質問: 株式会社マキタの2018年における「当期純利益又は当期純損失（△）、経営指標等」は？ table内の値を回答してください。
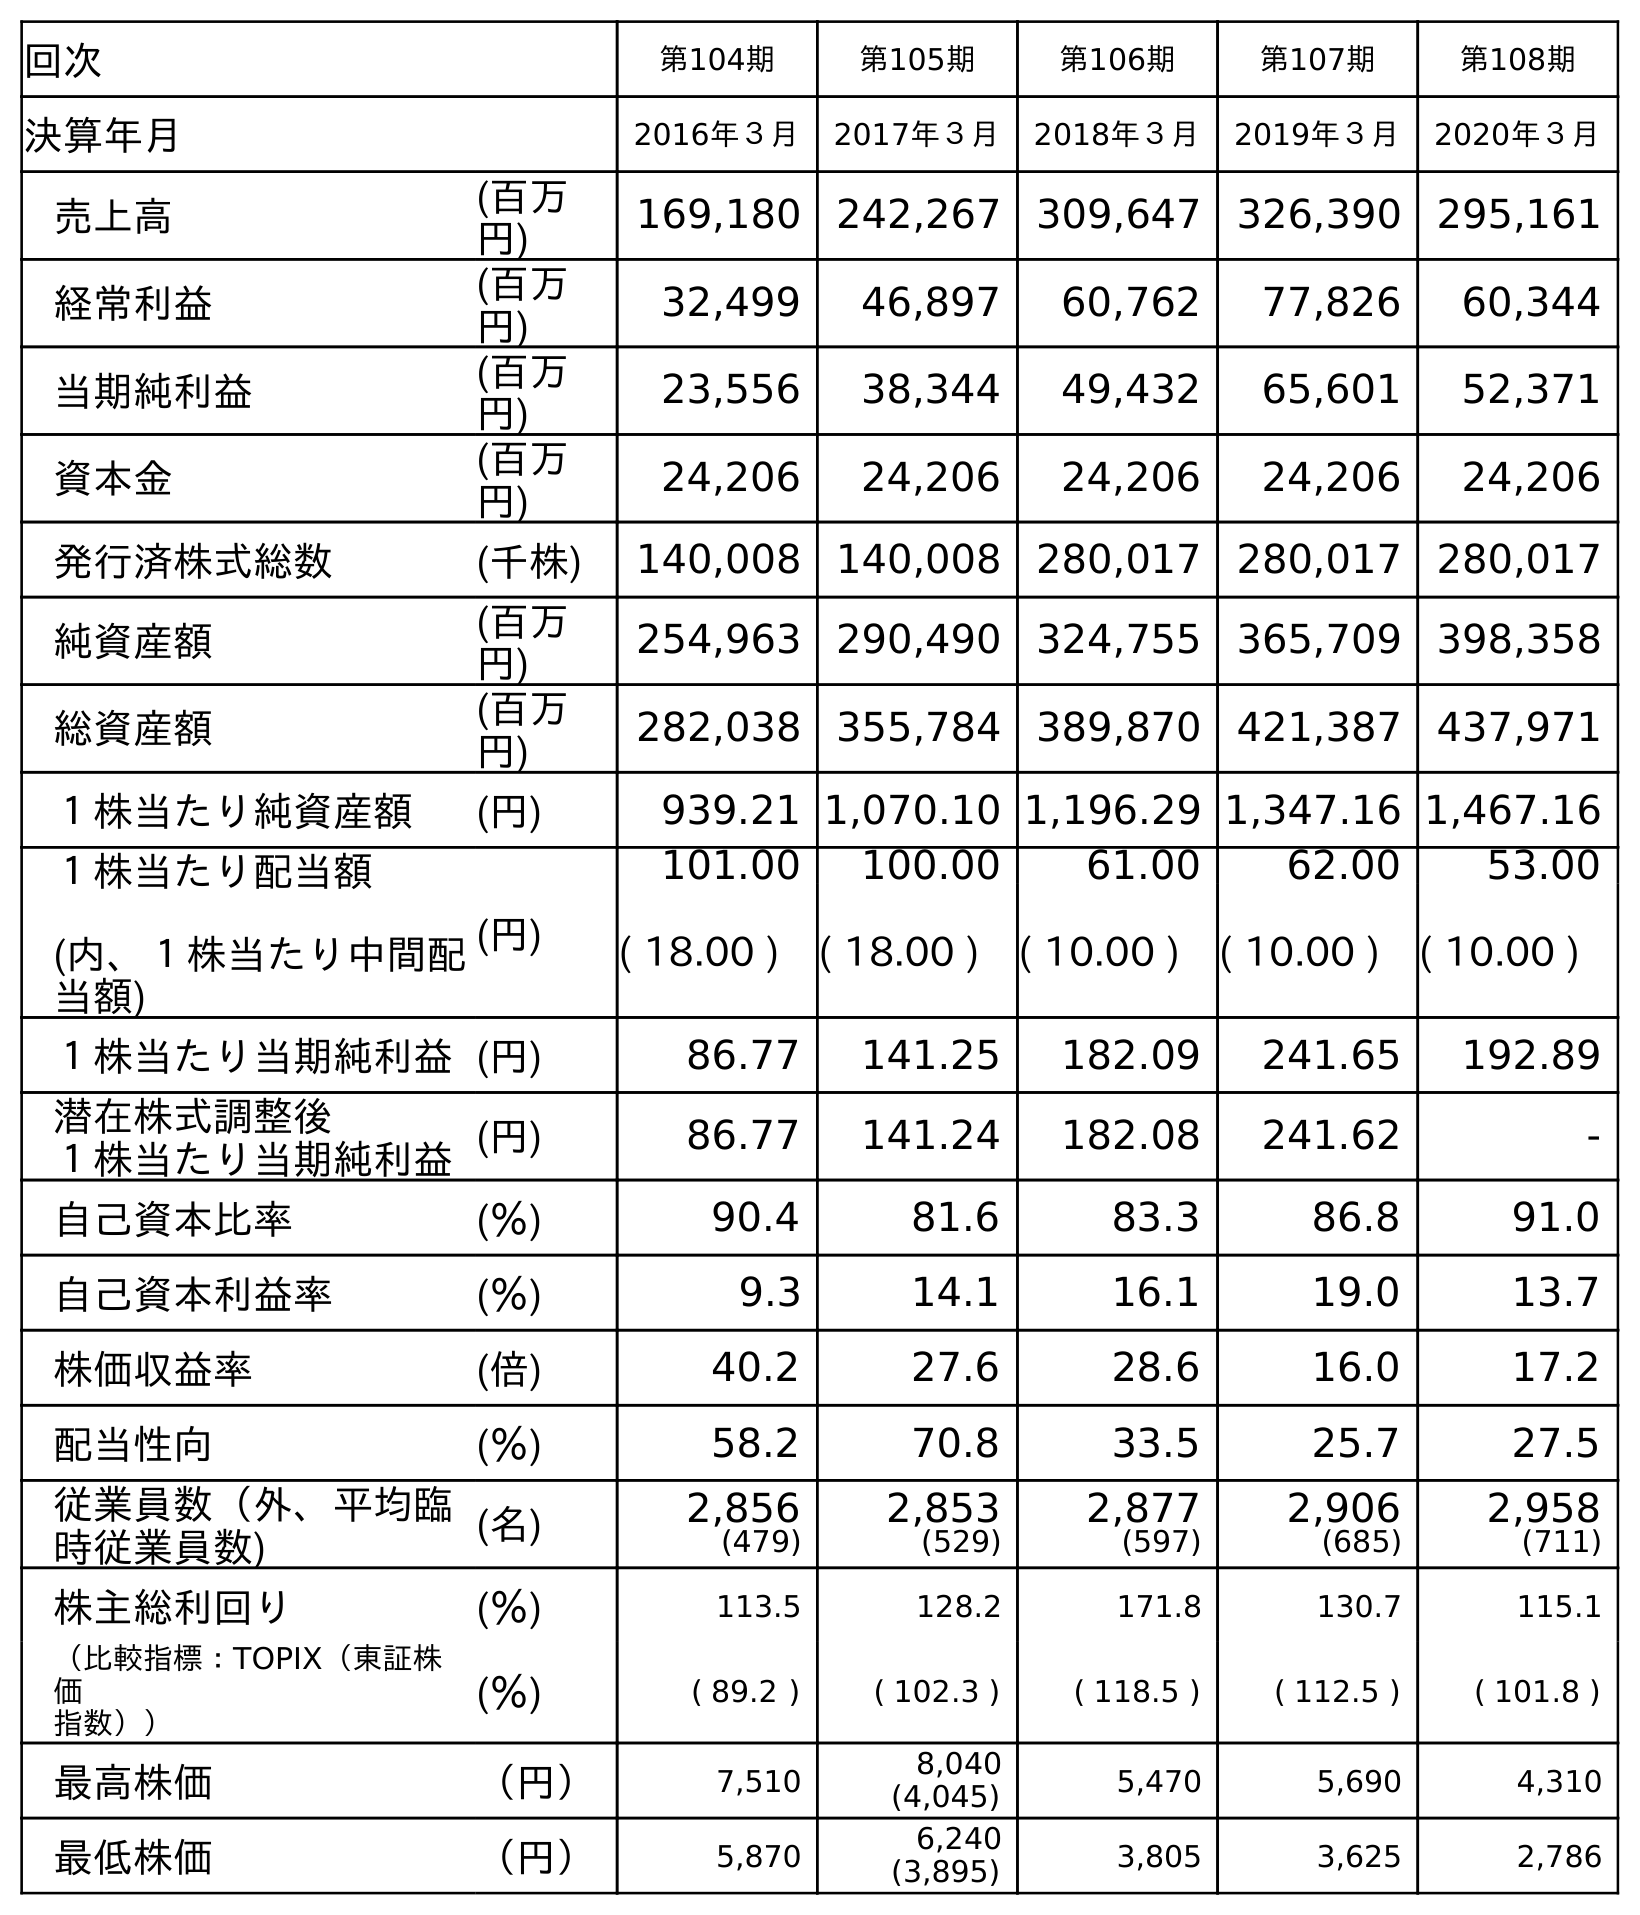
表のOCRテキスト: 回次 第104期 第105期 第106期 第107期 第108期 決算年月 2016年３月 2017年３月 2018年３月 2019年３月 2020年３月 売上高 (百万 円) 169,180 242,267 309,647 326,390 295,161 経常利益 (百万 円) 32,499 46,897 60,762 77,826 60,344 当期純利益 (百万 円) 23,556 38,344 49,432 65,601 52,371 資本金 (百万 円) 24,206 24,206 24,206 24,206 24,206 発行済株式総数 (千株) 140,008 140,008 280,017 280,017 280,017 純資産額 (百万 円) 254,963 290,490 324,755 365,709 398,358 総資産額 (百万 円) 282,038 355,784 389,870 421,387 437,971 １株当たり純資産額 (円) 939.21 1,070.10 1,196.29 1,347.16 1,467.16 １株当たり配当額 (内、１株当たり中間配 当額) (円) 101.00 100.00 61.00 62.00 53.00 ( 18.00 ) ( 18.00 ) ( 10.00 ) ( 10.00 ) ( 10.00 ) １株当たり当期純利益(円) 86.77 141.25 182.09 241.65 192.89 潜在株式調整後 １株当たり当期純利益(円) 86.77 141.24 182.08 241.62 - 自己資本比率 (％) 90.4 81.6 83.3 86.8 91.0 自己資本利益率 (％) 9.3 14.1 16.1 19.0 13.7 株価収益率 (倍) 40.2 27.6 28.6 16.0 17.2 配当性向 (％) 58.2 70.8 33.5 25.7 27.5 従業員数（外、平均臨 時従業員数) (名) 2,856 (479) 2,853 (529) 2,877 (597) 2,906 (685) 2,958 (711) 株主総利回り (％) 113.5 128.2 171.8 130.7 115.1 （比較指標：TOPIX（東証株 価 指数）） (％) ( 89.2 ) ( 102.3 ) ( 118.5 ) ( 112.5 ) ( 101.8 ) 最高株価 （円） 7,510 8,040 (4,045) 5,470 5,690 4,310 最低株価 （円） 5,870 6,240 (3,895) 3,805 3,625 2,786
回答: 49,432